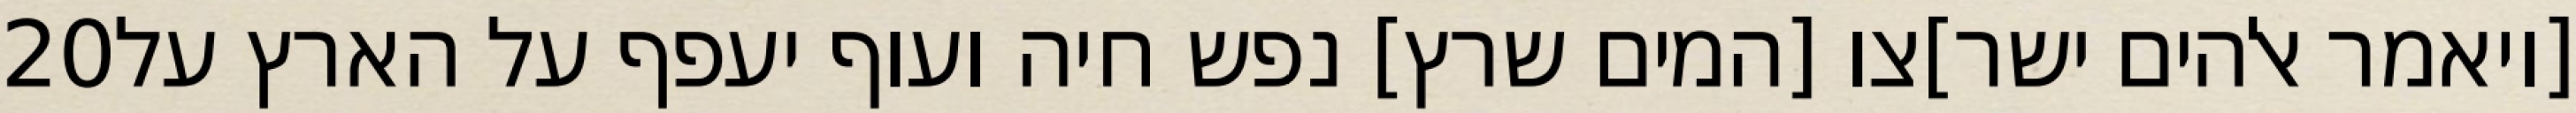
‎20‏ [ויאמר אלהים ישר]צו [המים שרץ] נפש חיה ועוף יעפף על הארץ על